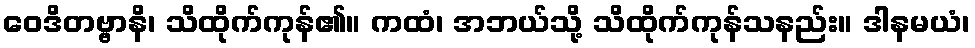
ဝေဒိတဗ္ဗာနိ၊ သိထိုက်ကုန်၏။ ကထံ၊ အဘယ်သို့ သိထိုက်ကုန်သနည်း။ ဒါနမယံ၊